Indian journal of veterinary science and animal husbandry - Volumes 24-25, 1954-1955
Year: 1954
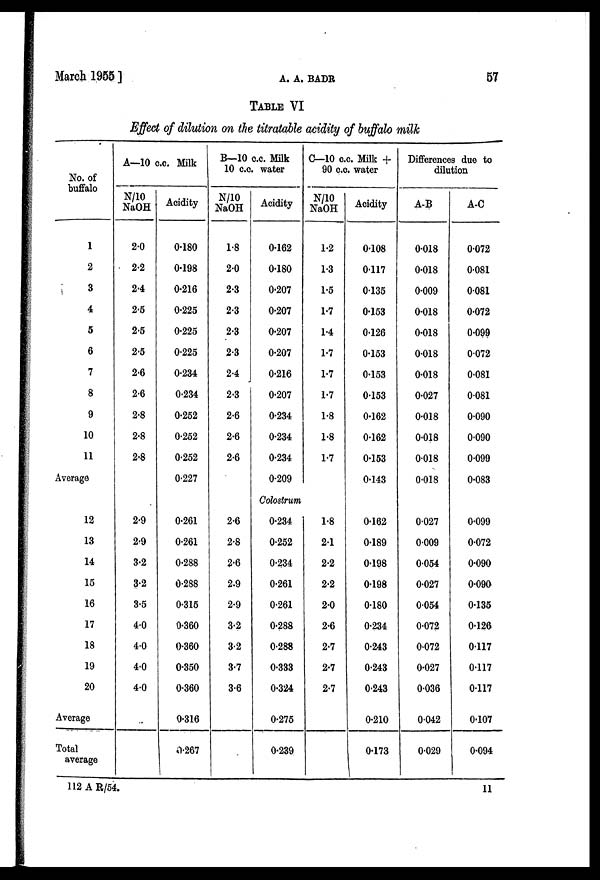
March
1955]
A.
A.
BADR
57
TABLE VI
Effect of dilution on the titratable acidity of buffalo milk
No. of
buffalo
1
2
3
4
5
6
7
8
9
10
11
Average
12
13
14
15
16
17
18
19
20
Average
Total
average
A—10 c.c. Milk
N/10
NaOH
2.0
2.2
2.4
2.5
2.5
2.5
2.6
2.6
2.8
2.8
2.8
2.9
2.9
3.2
3.2
3.5
4.0
4.0
4.0
4.0
Acidity
0.180
0.198
0.216
0.225
0.225
0.225
0.234
0.234
0.252
0.252
0.252
0.227
0.261
0.261
0.288
0.288
0.315
0.360
0.360
0.350
0.360
0.316
0.267
B—10 c.c. Milk
10 c.c. water
N/10
NaOH
1.8
2.0
2.3
2.3
2.3
2.3
2.4
2.3
2.6
2.6
2.6
2.6
2.8
2.6
2.9
2.9
3.2
3.2
3.7
3.6
Acidity
0.162
0.180
0.207
0.207
0.207
0.207
0.216
0.207
0.234
0.234
0.234
0.209
Colostrum
0.234
0.252
0.234
0.261
0.261
0.288
0.288
0.333
0.324
0.275
0.239
C—10 c.c. Milk +
90 c.c. water
N/10
NaOH
1.2
1.3
1.5
1.7
1.4
1.7
1.7
1.7
1.8
1.8
1.7
1.8
2.1
2.2
2.2
2.0
2.6
2.7
2.7
2.7
Acidity
0.108
0.117
0.135
0.153
0.126
0.153
0.153
0.153
0.162
0.162
0.153
0.143
0.162
0.189
0.198
0.198
0.180
0.234
0.243
0.243
0.243
0.210
0.173
Differences due to
dilution
A-B
0.018
0.018
0.009
0.018
0.018
0.018
0.018
0.027
0.018
0.018
0.018
0.018
0.027
0.009
0.054
0.027
0.054
0.072
0.072
0.027
0.036
0.042
0.029
A-C
0.072
0.081
0.081
0.072
0.099
0.072
0.081
0.081
0.090
0.090
0.099
0.083
0.099
0.072
0.090
0.090
0.135
0.126
0.117
0.117
0.117
0.107
0.094
112 A R/54.
11